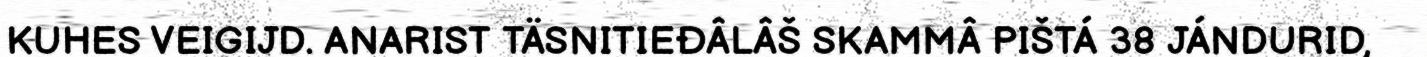
KUHES VEIGIJD. ANARIST TÄSNITIEĐÂLÂŠ SKAMMÂ PIŠTÁ 38 JÁNDURID,